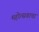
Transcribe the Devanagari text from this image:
महोत्सवाचा